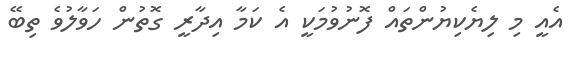
އެއީ މި ލިޔެކިޔުންތައް ފޮނުވުމަކީ އެ ކަމާ އިދާރީ ގޮތުން ހަވާލުވެ ތިބޭ